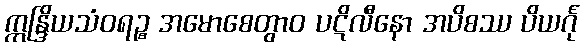
ဣန္ဒြိယသံဝရဉ္စ အမောစေတွာဝ ပဋိလီနော အပိစဿ ပိယင်္ဂု